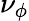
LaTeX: \nu_{\phi}